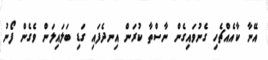
އޭނާ ކާއެއްޗެހި ގެނުވައިގެން ނާސްތާ ކުރަން އިނދެފައި ގަޑި ބަލައިލަން ވެގެން ފޯނު